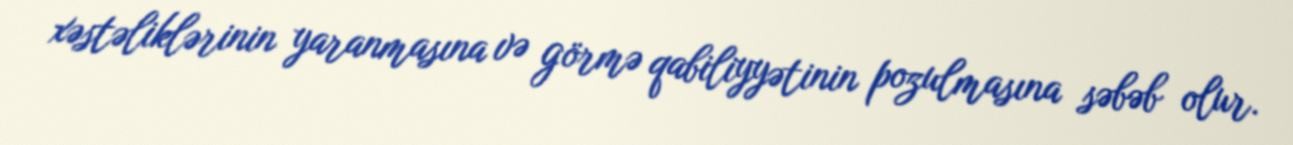
xəstəliklərinin yaranmasına və görmə qabiliyyətinin pozulmasına səbəb olur.